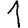
Digit: 1